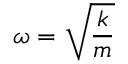
\omega = { \sqrt { \frac { k } { m } } }